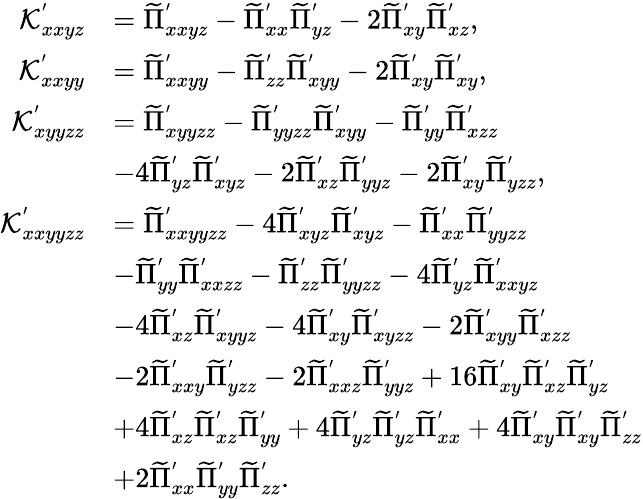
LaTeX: \begin{array}{rl}{\mathcal{K}_{xxyz}^{'}}&{=\widetilde{\Pi}_{xxyz}^{'}-\widetilde{\Pi}_{xx}^{'}\widetilde{\Pi}_{yz}^{'}-2\widetilde{\Pi}_{xy}^{'}\widetilde{\Pi}_{xz}^{'},}\\ {\mathcal{K}_{xxyy}^{'}}&{=\widetilde{\Pi}_{xxyy}^{'}-\widetilde{\Pi}_{zz}^{'}\widetilde{\Pi}_{xyy}^{'}-2\widetilde{\Pi}_{xy}^{'}\widetilde{\Pi}_{xy}^{'},}\\ {\mathcal{K}_{xyyzz}^{'}}&{=\widetilde{\Pi}_{xyyzz}^{'}-\widetilde{\Pi}_{yyzz}^{'}\widetilde{\Pi}_{xyy}^{'}-\widetilde{\Pi}_{yy}^{'}\widetilde{\Pi}_{xzz}^{'}}\\ &{-4\widetilde{\Pi}_{yz}^{'}\widetilde{\Pi}_{xyz}^{'}-2\widetilde{\Pi}_{xz}^{'}\widetilde{\Pi}_{yyz}^{'}-2\widetilde{\Pi}_{xy}^{'}\widetilde{\Pi}_{yzz}^{'},}\\ {\mathcal{K}_{xxyyzz}^{'}}&{=\widetilde{\Pi}_{xxyyzz}^{'}-4\widetilde{\Pi}_{xyz}^{'}\widetilde{\Pi}_{xyz}^{'}-\widetilde{\Pi}_{xx}^{'}\widetilde{\Pi}_{yyzz}^{'}}\\ &{-\widetilde{\Pi}_{yy}^{'}\widetilde{\Pi}_{xxzz}^{'}-\widetilde{\Pi}_{zz}^{'}\widetilde{\Pi}_{yyzz}^{'}-4\widetilde{\Pi}_{yz}^{'}\widetilde{\Pi}_{xxyz}^{'}}\\ &{-4\widetilde{\Pi}_{xz}^{'}\widetilde{\Pi}_{xyyz}^{'}-4\widetilde{\Pi}_{xy}^{'}\widetilde{\Pi}_{xyzz}^{'}-2\widetilde{\Pi}_{xyy}^{'}\widetilde{\Pi}_{xzz}^{'}}\\ &{-2\widetilde{\Pi}_{xxy}^{'}\widetilde{\Pi}_{yzz}^{'}-2\widetilde{\Pi}_{xxz}^{'}\widetilde{\Pi}_{yyz}^{'}+16\widetilde{\Pi}_{xy}^{'}\widetilde{\Pi}_{xz}^{'}\widetilde{\Pi}_{yz}^{'}}\\ &{+4\widetilde{\Pi}_{xz}^{'}\widetilde{\Pi}_{xz}^{'}\widetilde{\Pi}_{yy}^{'}+4\widetilde{\Pi}_{yz}^{'}\widetilde{\Pi}_{yz}^{'}\widetilde{\Pi}_{xx}^{'}+4\widetilde{\Pi}_{xy}^{'}\widetilde{\Pi}_{xy}^{'}\widetilde{\Pi}_{zz}^{'}}\\ &{+2\widetilde{\Pi}_{xx}^{'}\widetilde{\Pi}_{yy}^{'}\widetilde{\Pi}_{zz}^{'}.}\end{array}